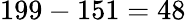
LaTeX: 199-151=48